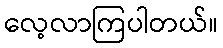
လေ့လာကြပါတယ်။